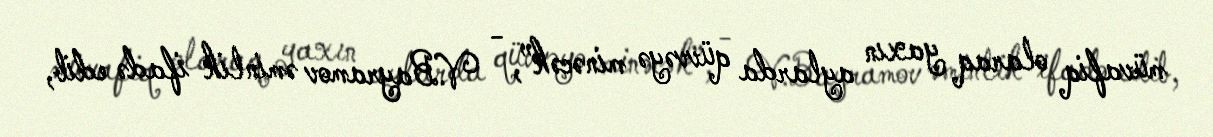
müvafiq olaraq yaxın aylarda qüvvəyə minəcək”, - V.Bayramov əminlik ifadə edib,